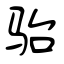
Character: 骀